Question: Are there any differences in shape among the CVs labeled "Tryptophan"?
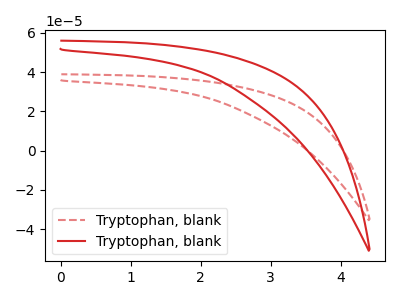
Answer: <think>The red dashed curve "Tryptophan, blank1" has no peaks. The red curve "Tryptophan, blank2" has no peaks.
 Neither "Tryptophan, blank1" or "Tryptophan, blank2" have any peaks.</think>
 <answer>All the CV's of "Tryptophan" have similar shape.</answer>
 <eval>follow_rule</eval>